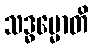
သဒ္ဓမ္မောတိ